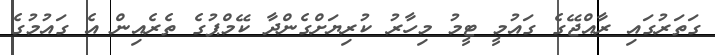
ގަތަރުގައި ރާއްޖޭގެ ގައުމީ ޓީމު މިހާރު ކުރިޔަށްގެންދާ ކޭމްޕުގެ ތެރެއިން އެ ގައުުމުގެ